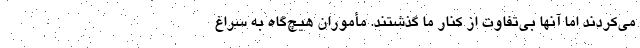
می‌کردند اما آنها بی‌تفاوت از کنار ما گذشتند. مأموران هیچ‌گاه به سراغ